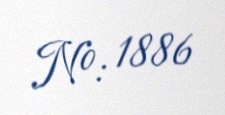
№: 1886